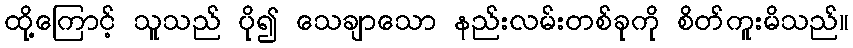
ထို့ကြောင့် သူသည် ပို၍ သေချာသော နည်းလမ်းတစ်ခုကို စိတ်ကူးမိသည်။